Cholera in southern India
Disease focus: Cholera
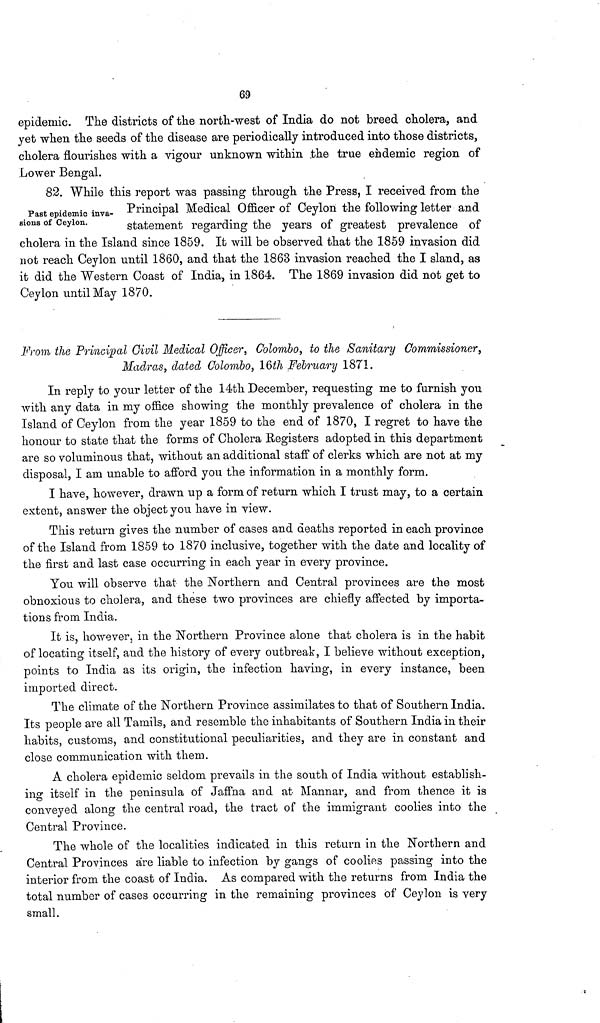
69
epidemic. The districts of the north-west of India do not breed cholera, and
yet when the seeds of the disease are periodically introduced into those districts,
cholera flourishes with a vigour unknown within the true endemic region of
Lower Bengal.
Past epidemic inva-
sions of Ceylon.
82. While this report was passing through the Press, I received from the
Principal Medical Officer of Ceylon the following letter and
statement regarding the years of greatest prevalence of
cholera in the Island since 1859. It will be observed that the 1859 invasion did
not reach Ceylon until 1860, and that the 1863 invasion reached the I sland, as
it did the Western Coast of India, in 1864. The 1869 invasion did not get to
Ceylon until May 1870.
From the Principal Civil Medical Officer, Colombo, to the Sanitary Commissioner,
Madras, dated Colombo, 16th February 1871.
In reply to your letter of the 14th December, requesting me to furnish you
with any data in my office showing the monthly prevalence of cholera in the
Island of Ceylon from the year 1859 to the end of 1870, I regret to have the
honour to state that the forms of Cholera Registers adopted in this department
are so voluminous that, without an additional staff of clerks which are not at my
disposal, I am unable to afford you the information in a monthly form.
I have, however, drawn up a form of return which I trust may, to a certain
extent, answer the object you have in view.
This return gives the number of cases and deaths reported in each province
of the Island from 1859 to 1870 inclusive, together with the date and locality of
the first and last case occurring in each year in every province.
You will observe that the Northern and Central provinces are the most
obnoxious to cholera, and these two provinces are chiefly affected by importa-
tions from India.
It is, however, in the Northern Province alone that cholera is in the habit
of locating itself, and the history of every outbreak, I believe without exception,
points to India as its origin, the infection having, in every instance, been
imported direct.
The climate of the Northern Province assimilates to that of Southern India.
Its people are all Tamils, and resemble the inhabitants of Southern India in their
habits, customs, and constitutional peculiarities, and they are in constant and
close communication with them.
A cholera epidemic seldom prevails in the south of India without establish-
ing itself in the peninsula of Jaffna and at Mannar, and from thence it is
conveyed along the central road, the tract of the immigrant coolies into the
Central Province.
The whole of the localities indicated in this return in the Northern and
Central Provinces are liable to infection by gangs of coolies passing into the
interior from the coast of India. As compared with the returns from India the
total number of cases occurring in the remaining provinces of Ceylon is very
small.